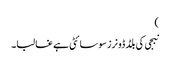
)
نبجی کی بلڈ ڈونرز سوسائٹی ہے غالبا۔